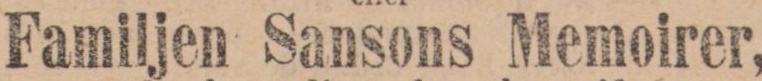
Familjen Sansons Memoirer,